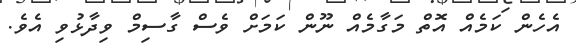
އެހެން ކަމެއް އޮތް މަގާމެއް ނޫން ކަމަށް ވެސް ގާސިމް ވިދާޅުވި އެވެ.